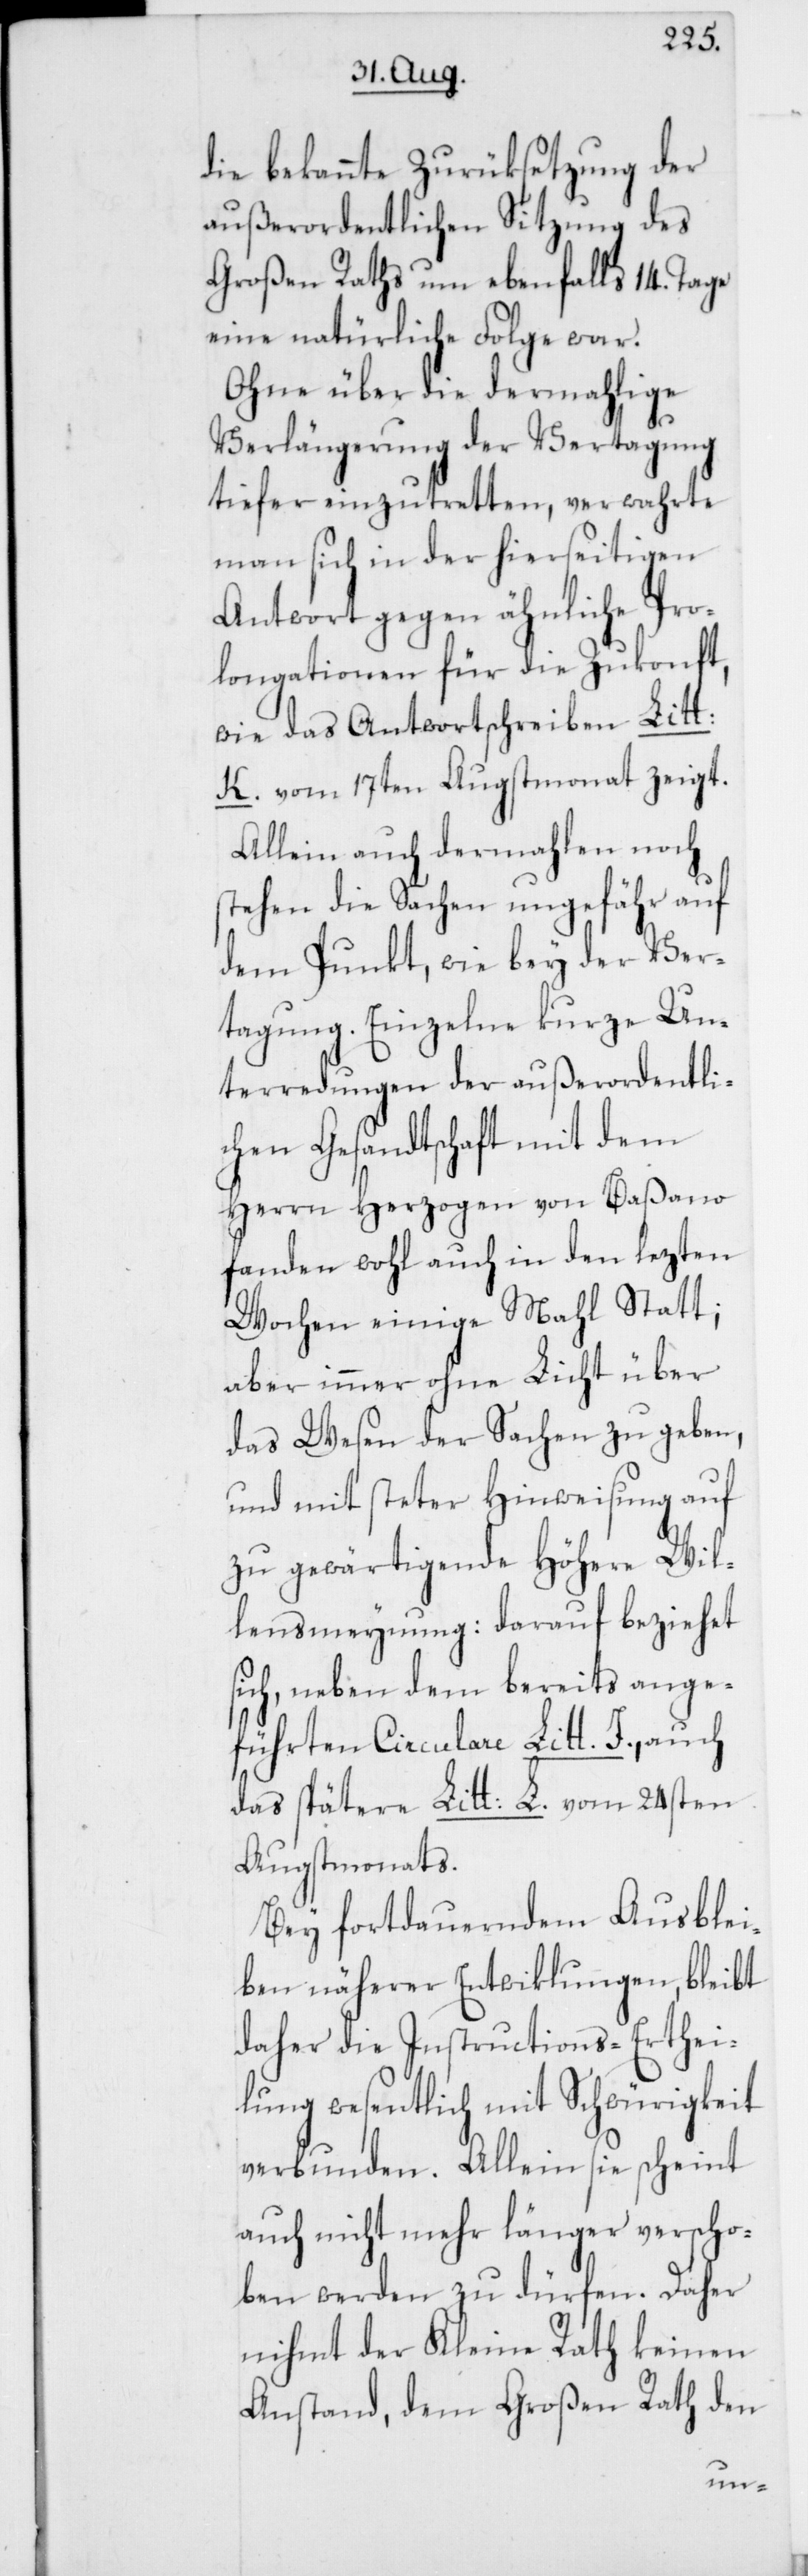
die bekannte Zurüksetzung der
außerordentlichen Sitzung des
Großen Raths um ebenfalls 14. Tage
eine natürliche Folge war.
Ohne über die dermahlige
Verlängerung der Vertagung
tiefer einzutretten, verwahrte
man sich in der hierseitigen
Antwort gegen ähnliche Pro¬
longationen für die Zukonft,
wie das Antwortschreiben Litt:
K. vom 17ten Augstmonat zeigt.
Allein auch dermahlen noch
stehen die Sachen ungefähr auf
dem Punkt, wie bey der Ver¬
tagung. Einzelne kurze Un¬
terredungen der außerordentli¬
chen Gesandtschaft mit dem
Herrn Herzogen von Baßano
fanden wohl auch in den lezten
Wochen einige Mahl statt;
aber immer ohne Licht über
das Wesen der Sachen zu geben,
und mit steter Hinweisung auf
zu gewärtigende Höhere Wil¬
lensmeynung: darauf beziehet
sich, neben dem bereits ange¬
führten Circulare Litt. J., auch
das spätere Litt: L. vom 24sten
Augstmonats.
Bey fortdauerndem Ausblei¬
ben näherer Entwiklungen, bleibt
daher die Instructions-Erthei¬
lung wesentlich mit Schwürigkeit
verbunden. Allein sie scheint
auch nicht mehr länger verscho¬
ben werden zu dürfen. Daher
nimmt der Kleine Rath keinen
Anstand, dem Großen Rath den